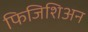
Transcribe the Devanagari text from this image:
फिजिशिअन